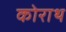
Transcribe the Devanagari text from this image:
कोराथ